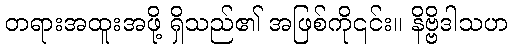
တရားအထူးအဖို့ ရှိသည်၏ အဖြစ်ကို၎င်း။ နိဗ္ဗိဒါသဟ